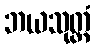
ဘယသုတ္တံ